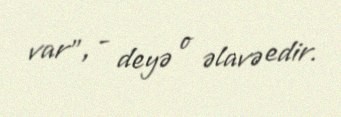
var”, - deyə o əlavə edir.